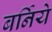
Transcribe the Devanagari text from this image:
बर्निये